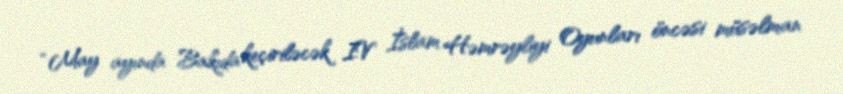
“May ayında Bakıda keçiriləcək IV İslam Həmrəyliyi Oyunları öncəsi müsəlman